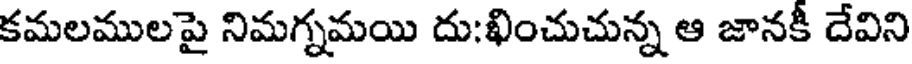
కమలములపై నిమగ్నమయి దు;ఖించుచున్న ఆ జానకీ దేవిని